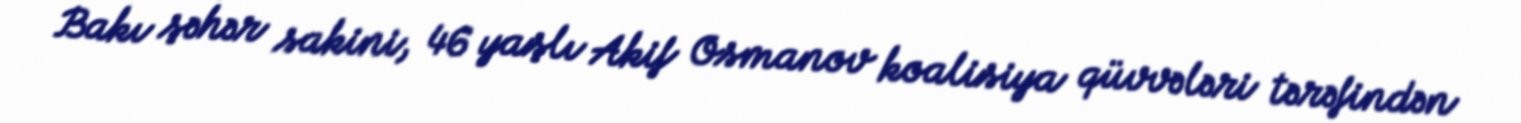
Bakı şəhər sakini, 46 yaşlı Akif Osmanov koalisiya qüvvələri tərəfindən